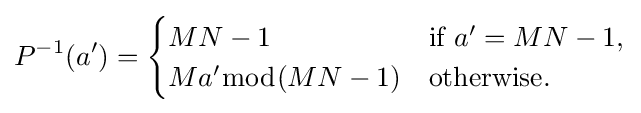
P^{-1}(a')={\begin{cases}MN-1&{\text{if }}a'=MN-1,\\Ma'{\bmod {(}}MN-1)&{\text{otherwise}}.\end{cases}}